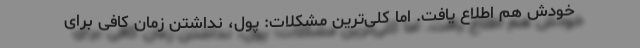
خودش هم اطلاع یافت. اما کلی‌ترین مشکلات: پول، نداشتن زمان کافی برای